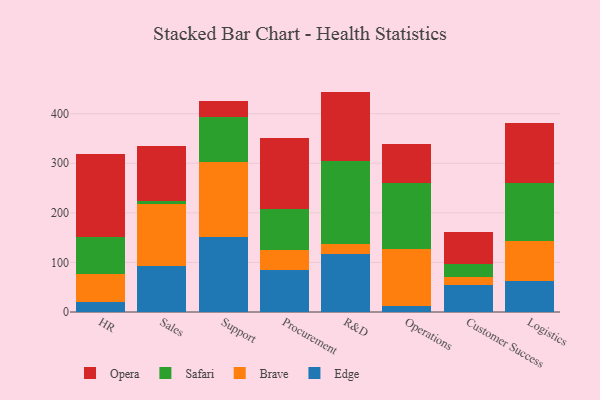
{"axis": {"x": "Department", "y": "Waste Production (Tons)"}, "legend": ["Brave", "Edge", "Opera", "Safari"], "data": [{"x": "HR", "y": 20.9, "type": "Edge"}, {"x": "HR", "y": 56.0, "type": "Brave"}, {"x": "HR", "y": 73.6, "type": "Safari"}, {"x": "HR", "y": 168.6, "type": "Opera"}, {"x": "Sales", "y": 93.4, "type": "Edge"}, {"x": "Sales", "y": 124.7, "type": "Brave"}, {"x": "Sales", "y": 5.3, "type": "Safari"}, {"x": "Sales", "y": 111.3, "type": "Opera"}, {"x": "Support", "y": 152.0, "type": "Edge"}, {"x": "Support", "y": 150.2, "type": "Brave"}, {"x": "Support", "y": 90.9, "type": "Safari"}, {"x": "Support", "y": 32.1, "type": "Opera"}, {"x": "Procurement", "y": 84.7, "type": "Edge"}, {"x": "Procurement", "y": 40.4, "type": "Brave"}, {"x": "Procurement", "y": 82.6, "type": "Safari"}, {"x": "Procurement", "y": 143.5, "type": "Opera"}, {"x": "R&D", "y": 117.7, "type": "Edge"}, {"x": "R&D", "y": 20.0, "type": "Brave"}, {"x": "R&D", "y": 166.3, "type": "Safari"}, {"x": "R&D", "y": 140.6, "type": "Opera"}, {"x": "Operations", "y": 11.6, "type": "Edge"}, {"x": "Operations", "y": 116.0, "type": "Brave"}, {"x": "Operations", "y": 133.2, "type": "Safari"}, {"x": "Operations", "y": 77.3, "type": "Opera"}, {"x": "Customer Success", "y": 54.5, "type": "Edge"}, {"x": "Customer Success", "y": 15.3, "type": "Brave"}, {"x": "Customer Success", "y": 27.1, "type": "Safari"}, {"x": "Customer Success", "y": 64.6, "type": "Opera"}, {"x": "Logistics", "y": 62.5, "type": "Edge"}, {"x": "Logistics", "y": 79.8, "type": "Brave"}, {"x": "Logistics", "y": 118.5, "type": "Safari"}, {"x": "Logistics", "y": 120.1, "type": "Opera"}]}